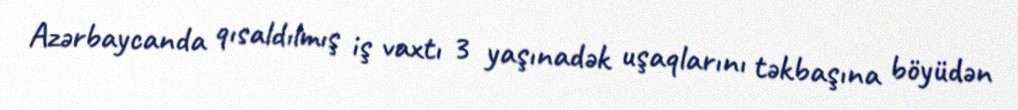
Azərbaycanda qısaldılmış iş vaxtı 3 yaşınadək uşaqlarını təkbaşına böyüdən